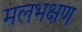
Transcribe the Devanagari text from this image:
मलभक्षण